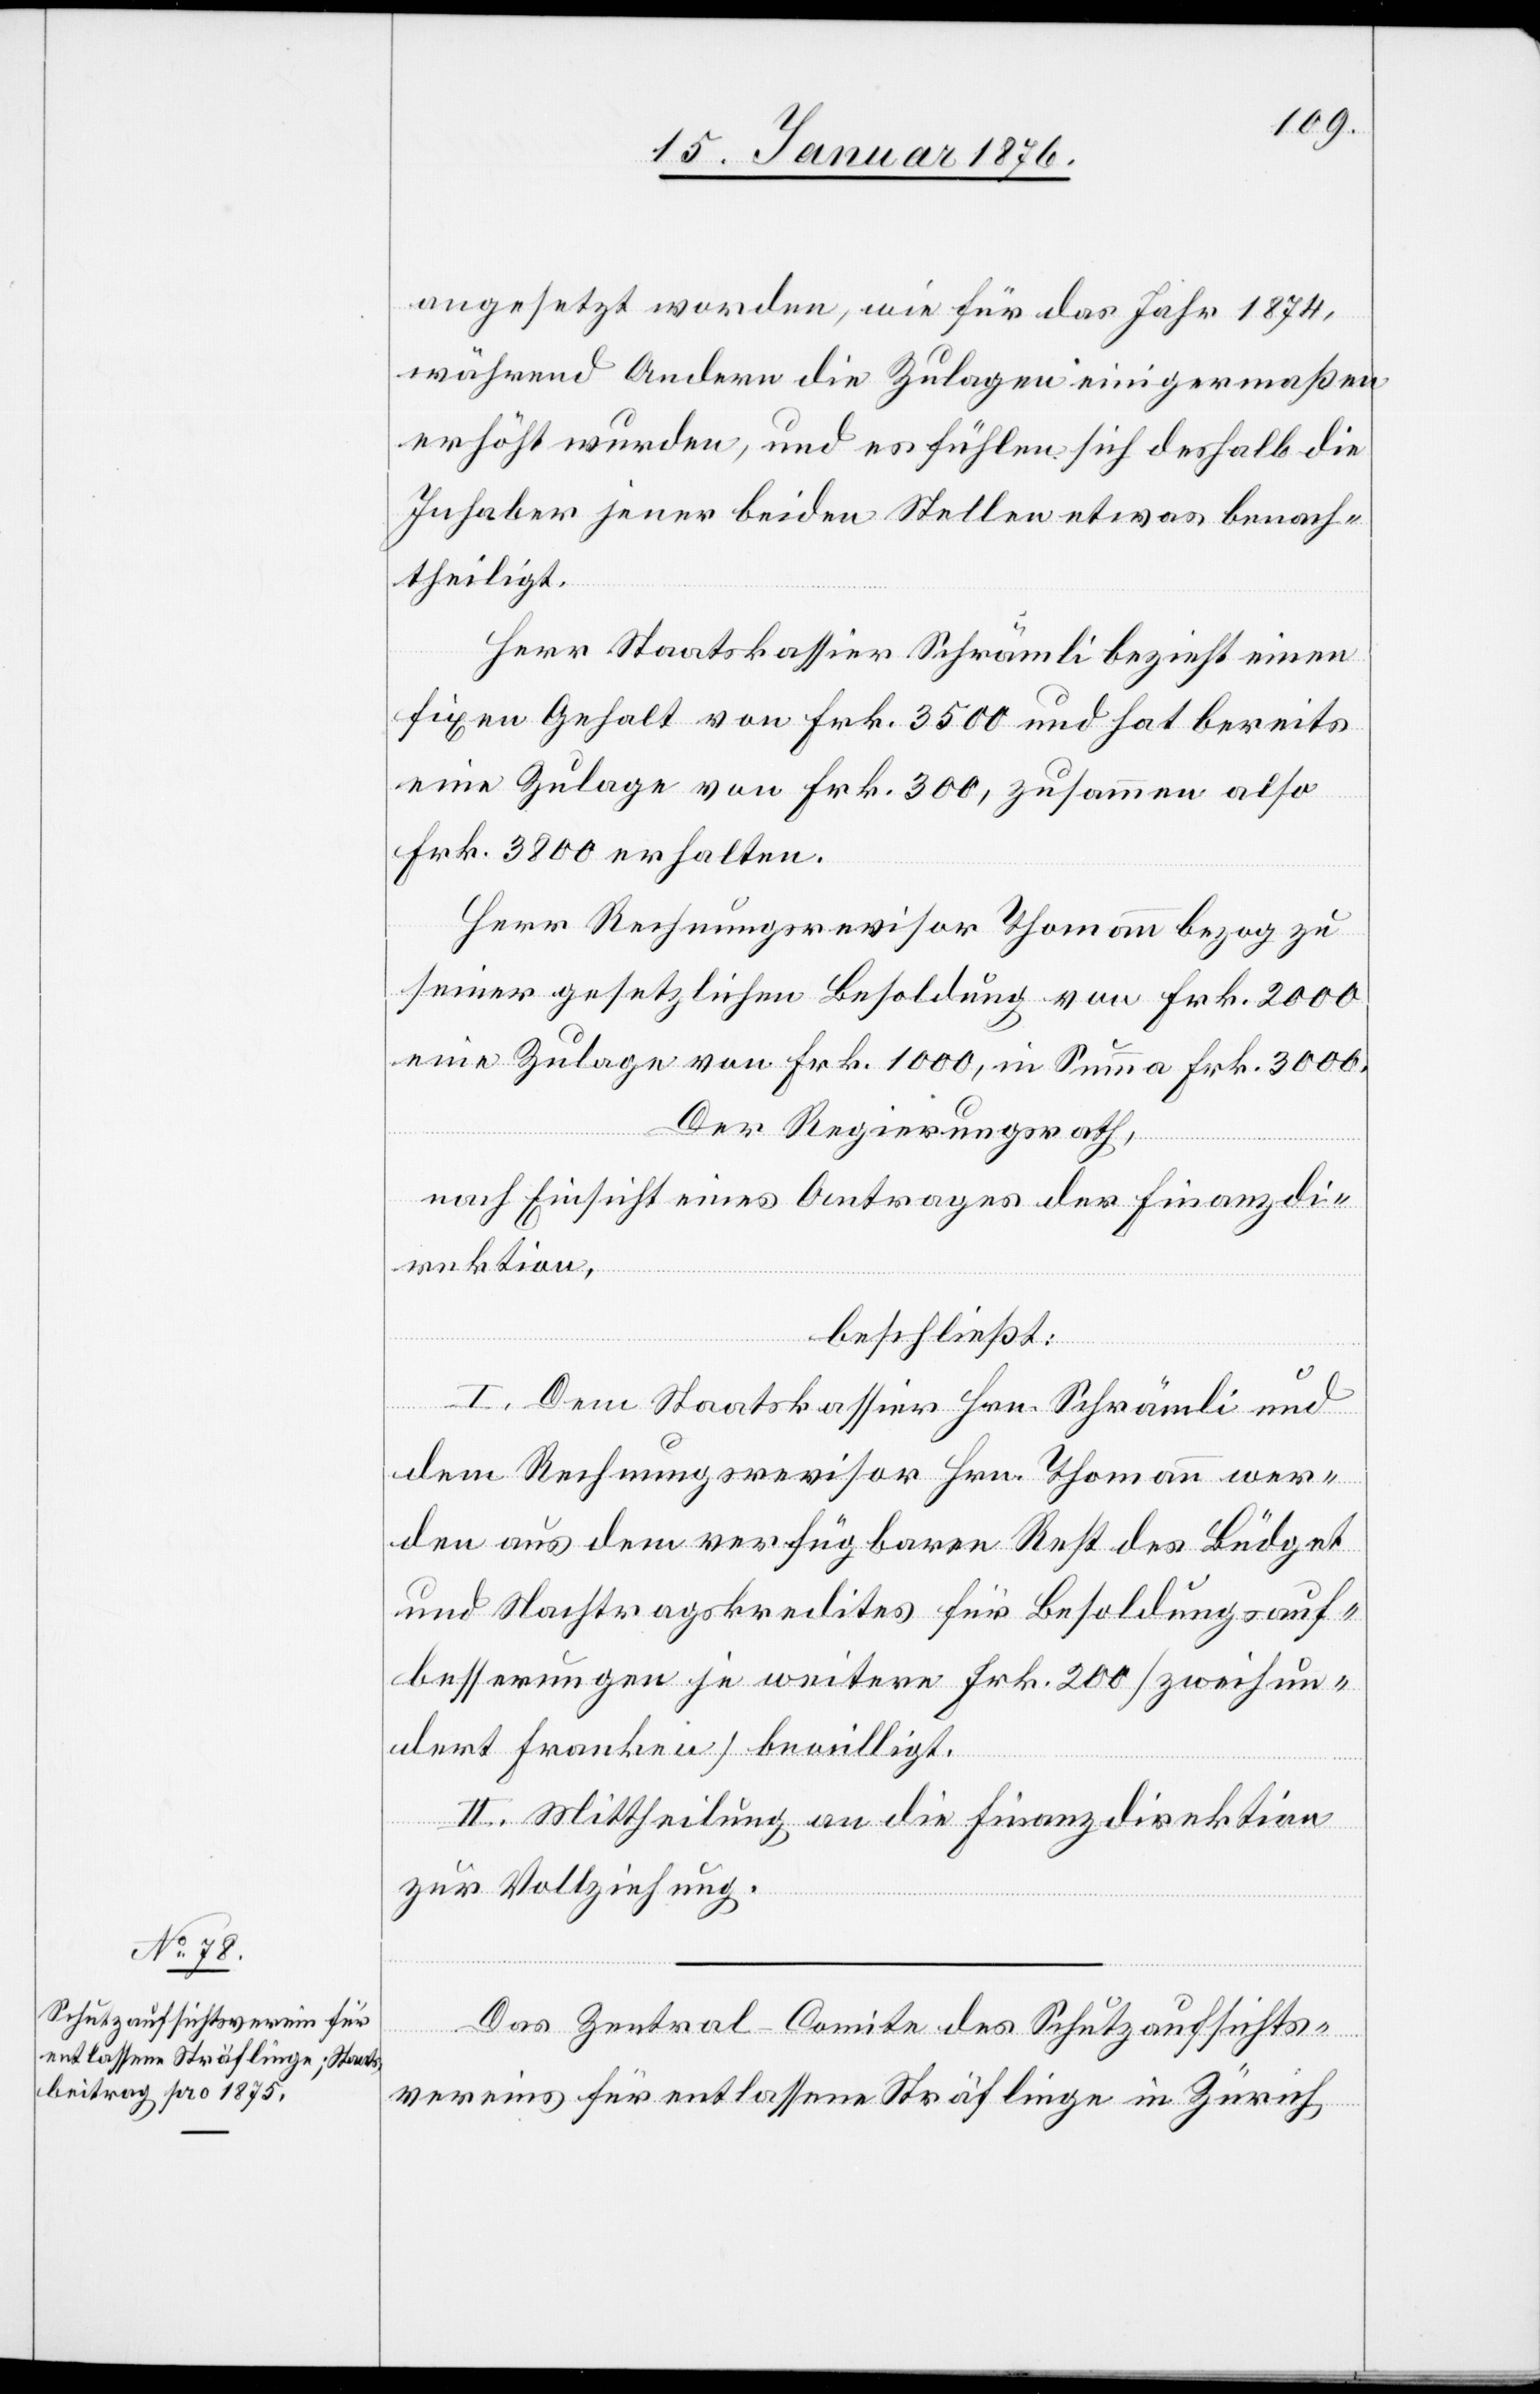
angesetzt worden, wie für das Jahr 1874,
während Andern die Zulagen einigermaßen
erhöht wurden, und es fühlen sich deshalb die
Inhaber jener beiden Stellen etwas benach¬
theiligt.
Herr Staatskassier Schrämli bezieht einen
fixen Gehalt von Frk. 3500 und hat bereits
eine Zulage von Frk. 300, zusammen also
Frk. 3800 erhalten.
Herr Rechnungsrevisor Thomann bezog zu
seiner gesetzlichen Besoldung von Frk. 2000
eine Zulage von Frk. 1000, in Summa Frk. 3000.
Der Regierungsrath,
nach Einsicht eines Antrages der Finanzdi¬
rektion,
beschließt:
I. Dem Staatskassier Hrn. Schrämli und
dem Rechnungsrevisor Hrn. Thomann wer¬
den aus dem verfügbaren Rest des Büdget
und Nachtragskredites für Besoldungsauf¬
besserungen je weitere Frk. 200 [zweihun¬
dert Franken] bewilligt.
II. Mittheilung an die Finanzdirektion
zur Vollziehung.
Das Zentral-Comite des Schutzaufsichts¬
vereins für entlassene Sträflinge in Zürich